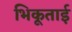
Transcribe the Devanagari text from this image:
भिकूताई